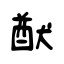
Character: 猷